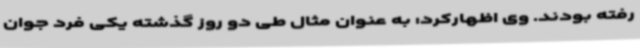
رفته بودند. وی اظهارکرد: به عنوان مثال طی دو روز گذشته یکی فرد جوان